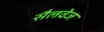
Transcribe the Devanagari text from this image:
सैलवेज